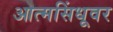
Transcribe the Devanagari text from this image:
आत्मसिंधूवर